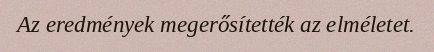
Az eredmények megerősítették az elméletet.